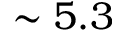
\sim 5 . 3